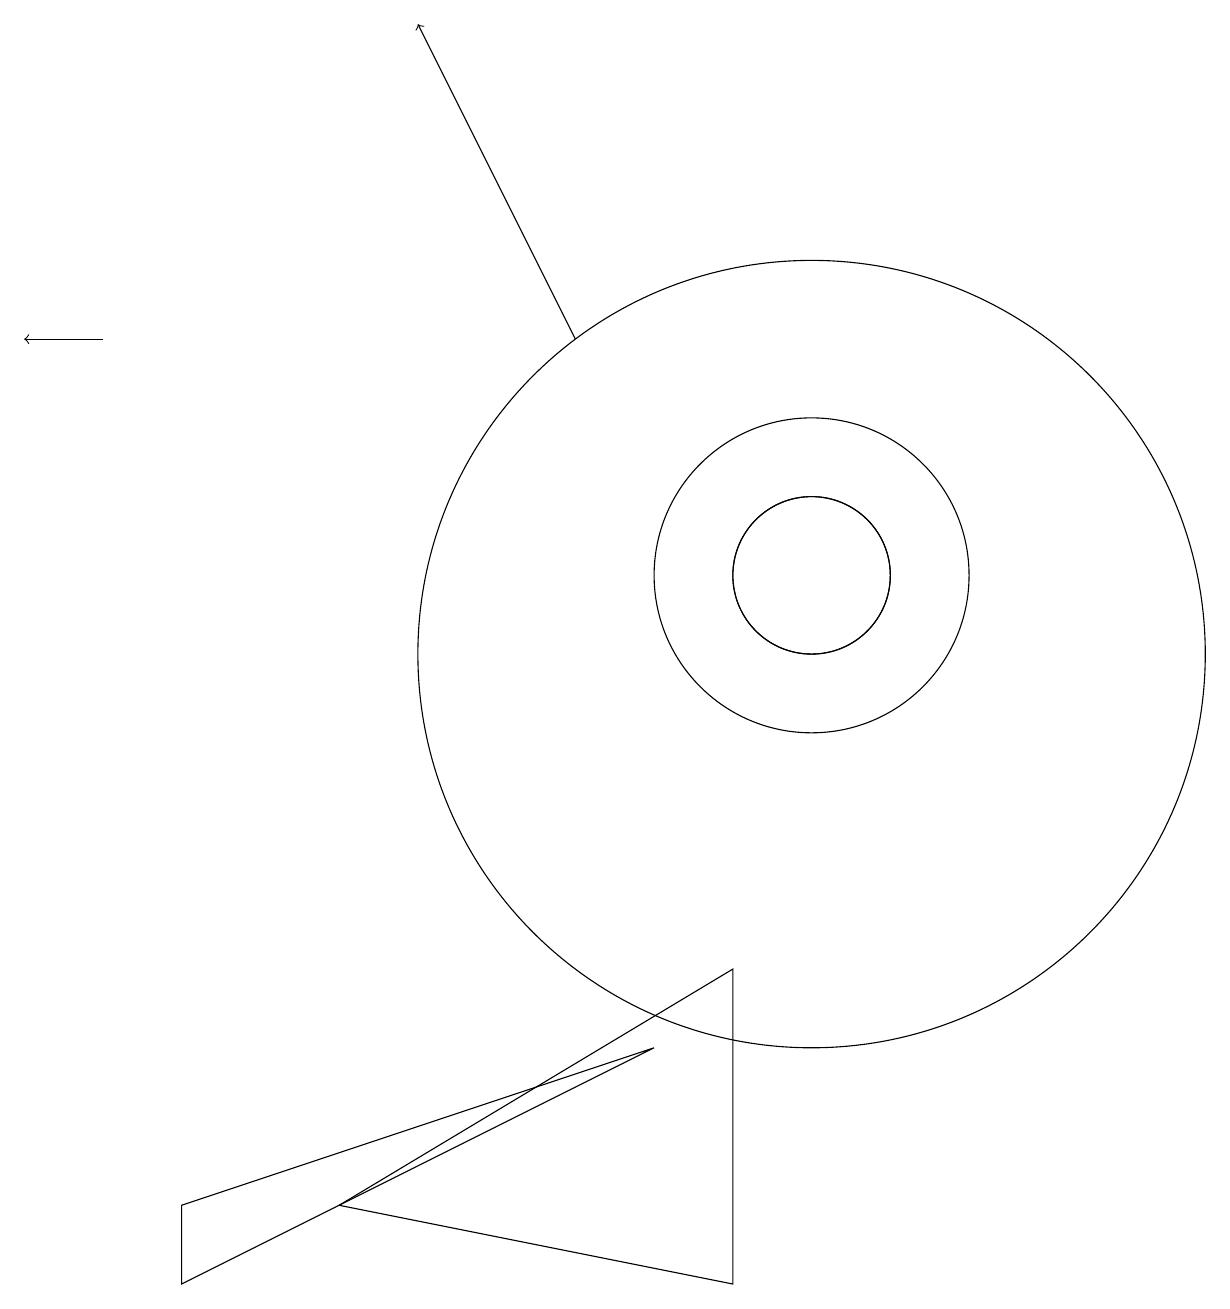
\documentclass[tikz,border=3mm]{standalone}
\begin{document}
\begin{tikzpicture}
\draw[->] (1,14) -- (0,14);
\draw (10,11) circle (2);
\draw (10,11) circle (1);
\draw (10,10) circle (5);
\draw (10,11) circle (1);
\draw (2,3) -- (8,5) -- (2,2) -- cycle;
\draw[->] (7,14) -- (5,18);
\draw (9,2) -- (9,6) -- (4,3) -- cycle;
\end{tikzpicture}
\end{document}